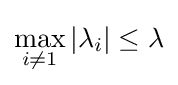
\max _{i\neq 1}|\lambda _{i}|\leq \lambda